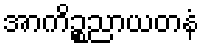
အာကိဉ္စညာယတနံ